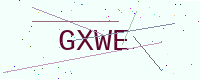
Text: GXWE